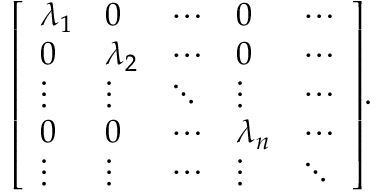
{ \left[ \begin{array} { l l l l l } { \lambda _ { 1 } } & { 0 } & { \cdots } & { 0 } & { \cdots } \\ { 0 } & { \lambda _ { 2 } } & { \cdots } & { 0 } & { \cdots } \\ { \vdots } & { \vdots } & { \ddots } & { \vdots } & { \cdots } \\ { 0 } & { 0 } & { \cdots } & { \lambda _ { n } } & { \cdots } \\ { \vdots } & { \vdots } & { \cdots } & { \vdots } & { \ddots } \end{array} \right] } .